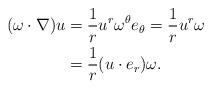
LaTeX: \begin{align*}(\omega \cdot \nabla) u & = \frac 1 r u^r \omega^{\theta} e_{\theta} = \frac 1 r u^r \omega \\& = \frac 1 r (u\cdot e_r) \omega.\end{align*}